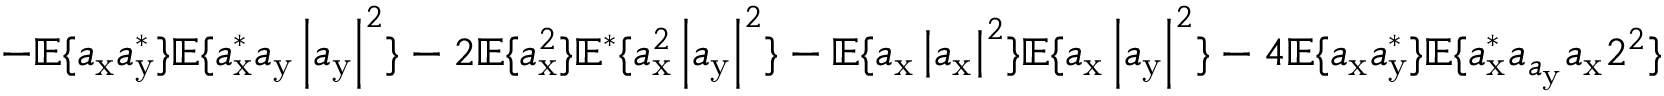
- \mathbb { E } \{ a _ { \mathrm { x } } a _ { \mathrm { y } } ^ { * } \} \mathbb { E } \{ a _ { \mathrm { x } } ^ { * } a _ { \mathrm { y } } \left| a _ { \mathrm { y } } \right| ^ { 2 } \} - 2 \mathbb { E } \{ a _ { \mathrm { x } } ^ { 2 } \} \mathbb { E } ^ { * } \{ a _ { \mathrm { x } } ^ { 2 } \left| a _ { \mathrm { y } } \right| ^ { 2 } \} - \mathbb { E } \{ a _ { \mathrm { x } } \left| a _ { \mathrm { x } } \right| ^ { 2 } \} \mathbb { E } \{ a _ { \mathrm { x } } \left| a _ { \mathrm { y } } \right| ^ { 2 } \} - 4 \mathbb { E } \{ a _ { \mathrm { x } } a _ { \mathrm { y } } ^ { * } \} \mathbb { E } \{ a _ { \mathrm { x } } ^ { * } a _ { a _ { \mathrm { y } } } a _ { \mathrm { x } } 2 ^ { 2 } \}